Oriental or Dehli sore - Number 13
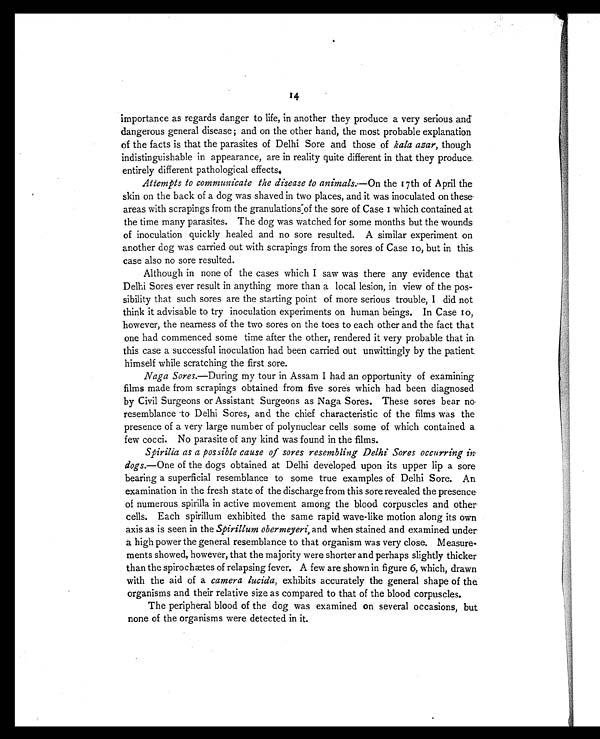
importance as regards danger to life, in another they produce a very serious and
14
dangerous general disease ; and on the other hand, the most probable explanation
of the facts is that the parasites of Delhi Sore and those of kala azar, though
indistinguishable in appearance, are in reality quite different in that they produce
entirely different pathological effects.
Attempts to communicate the disease to animals.—On the 17th of April the
skin on the back of a dog was shaved in two places, and it was inoculated on these
areas with scrapings from the granulations of the sore of Case 1 which contained at
the time many parasites. The dog was watched for some months but the wounds
of inoculation quickly healed and no sore resulted. A similar experiment on
another dog was carried out with scrapings from the sores of Case 10, but in this
case also no sore resulted.
Although in none of the cases which I saw was there any evidence that
Delhi Sores ever result in anything more than a local lesion, in view of the pos-
sibility that such sores are the starting point of more serious trouble, I did not
think it advisable to try inoculation experiments on human beings. In Case 10,
however, the nearness of the two sores on the toes to each other and the fact that
one had commenced some time after the other, rendered it very probable that in
this case a successful inoculation had been carried out unwittingly by the patient
himself while scratching the first sore.
Naga Sores.—During my tour in Assam I had an opportunity of examining
films made from scrapings obtained from five sores which had been diagnosed
by Civil Surgeons or Assistant Surgeons as Naga Sores. These sores bear no
resemblance to Delhi Sores, and the chief characteristic of the films was the
presence of a very large number of polynuclear cells some of which contained a
few cocci. No parasite of any kind was found in the films.
Spirilla as a possible cause of sores resembling Delhi Sores occurring in
dogs.—One of the dogs obtained at Delhi developed upon its upper lip a sore
bearing a superficial resemblance to some true examples of Delhi Sore. An
examination in the fresh state of the discharge from this sore revealed the presence
of numerous spirilla in active movement among the blood corpuscles and other
cells. Each spirillum exhibited the same rapid wave-like motion along its own
axis as is seen in the Spirillum obermeyeri, and when stained and examined under
a high power the general resemblance to that organism was very close. Measure-
ments showed, however, that the majority were shorter and perhaps slightly thicker
than the spirochætes of relapsing fever. A few are shown in figure 6, which, drawn
with the aid of a camera lucida, exhibits accurately the general shape of the
organisms and their relative size as compared to that of the blood corpuscles.
The peripheral blood of the dog was examined on several occasions, but
none of the organisms were detected in it.